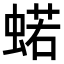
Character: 𧍗